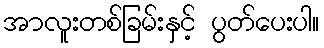
အာလူးတစ်ခြမ်းနှင့် ပွတ်ပေးပါ။